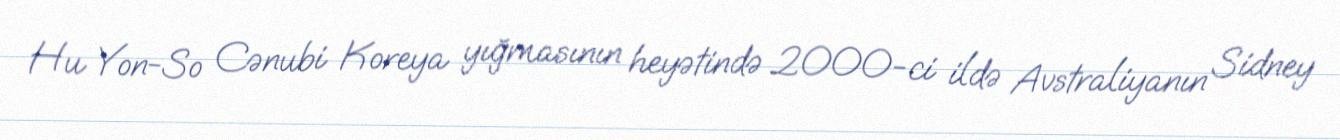
Hu Yon-So Cənubi Koreya yığmasının heyətində 2000-ci ildə Avstraliyanın Sidney